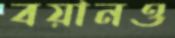
বয়ানও